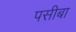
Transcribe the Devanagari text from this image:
पसीबा